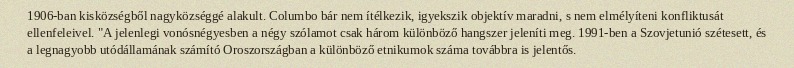
1906-ban kisközségből nagyközséggé alakult. Columbo bár nem ítélkezik, igyekszik objektív maradni, s nem elmélyíteni konfliktusát ellenfeleivel. "A jelenlegi vonósnégyesben a négy szólamot csak három különböző hangszer jeleníti meg. 1991-ben a Szovjetunió szétesett, és a legnagyobb utódállamának számító Oroszországban a különböző etnikumok száma továbbra is jelentős.